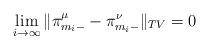
LaTeX: \begin{align*}\lim_{i \to \infty} \|\pi_{m_{i}-}^{\mu}-\pi_{m_{i}-}^{\nu}\|_{TV}=0\end{align*}